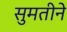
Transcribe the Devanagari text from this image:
सुमतीने